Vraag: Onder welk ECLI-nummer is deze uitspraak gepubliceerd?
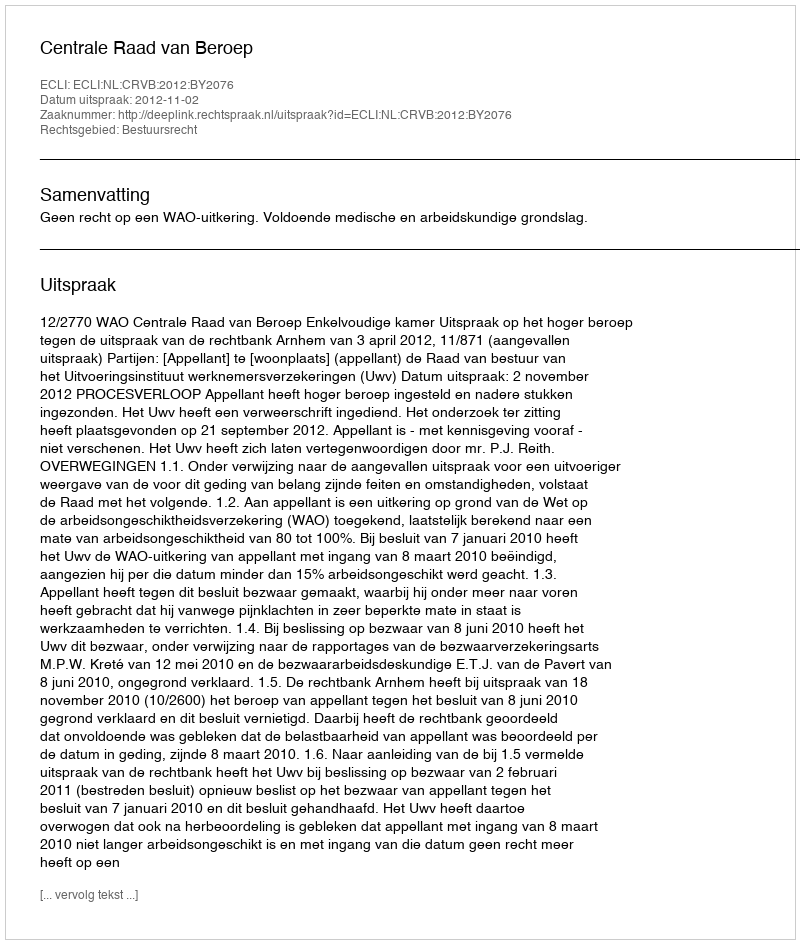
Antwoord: ECLI:NL:CRVB:2012:BY2076